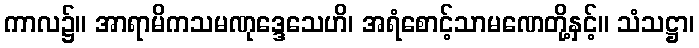
ကာလ၌။ အာရာမိကသမဏုဒ္ဒေသေဟိ၊ အရံစောင့်သာမဏေတို့နှင့်။ သံသဋ္ဌာ၊